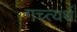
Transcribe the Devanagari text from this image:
गच्त्यर्थ